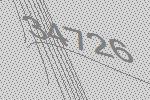
34726